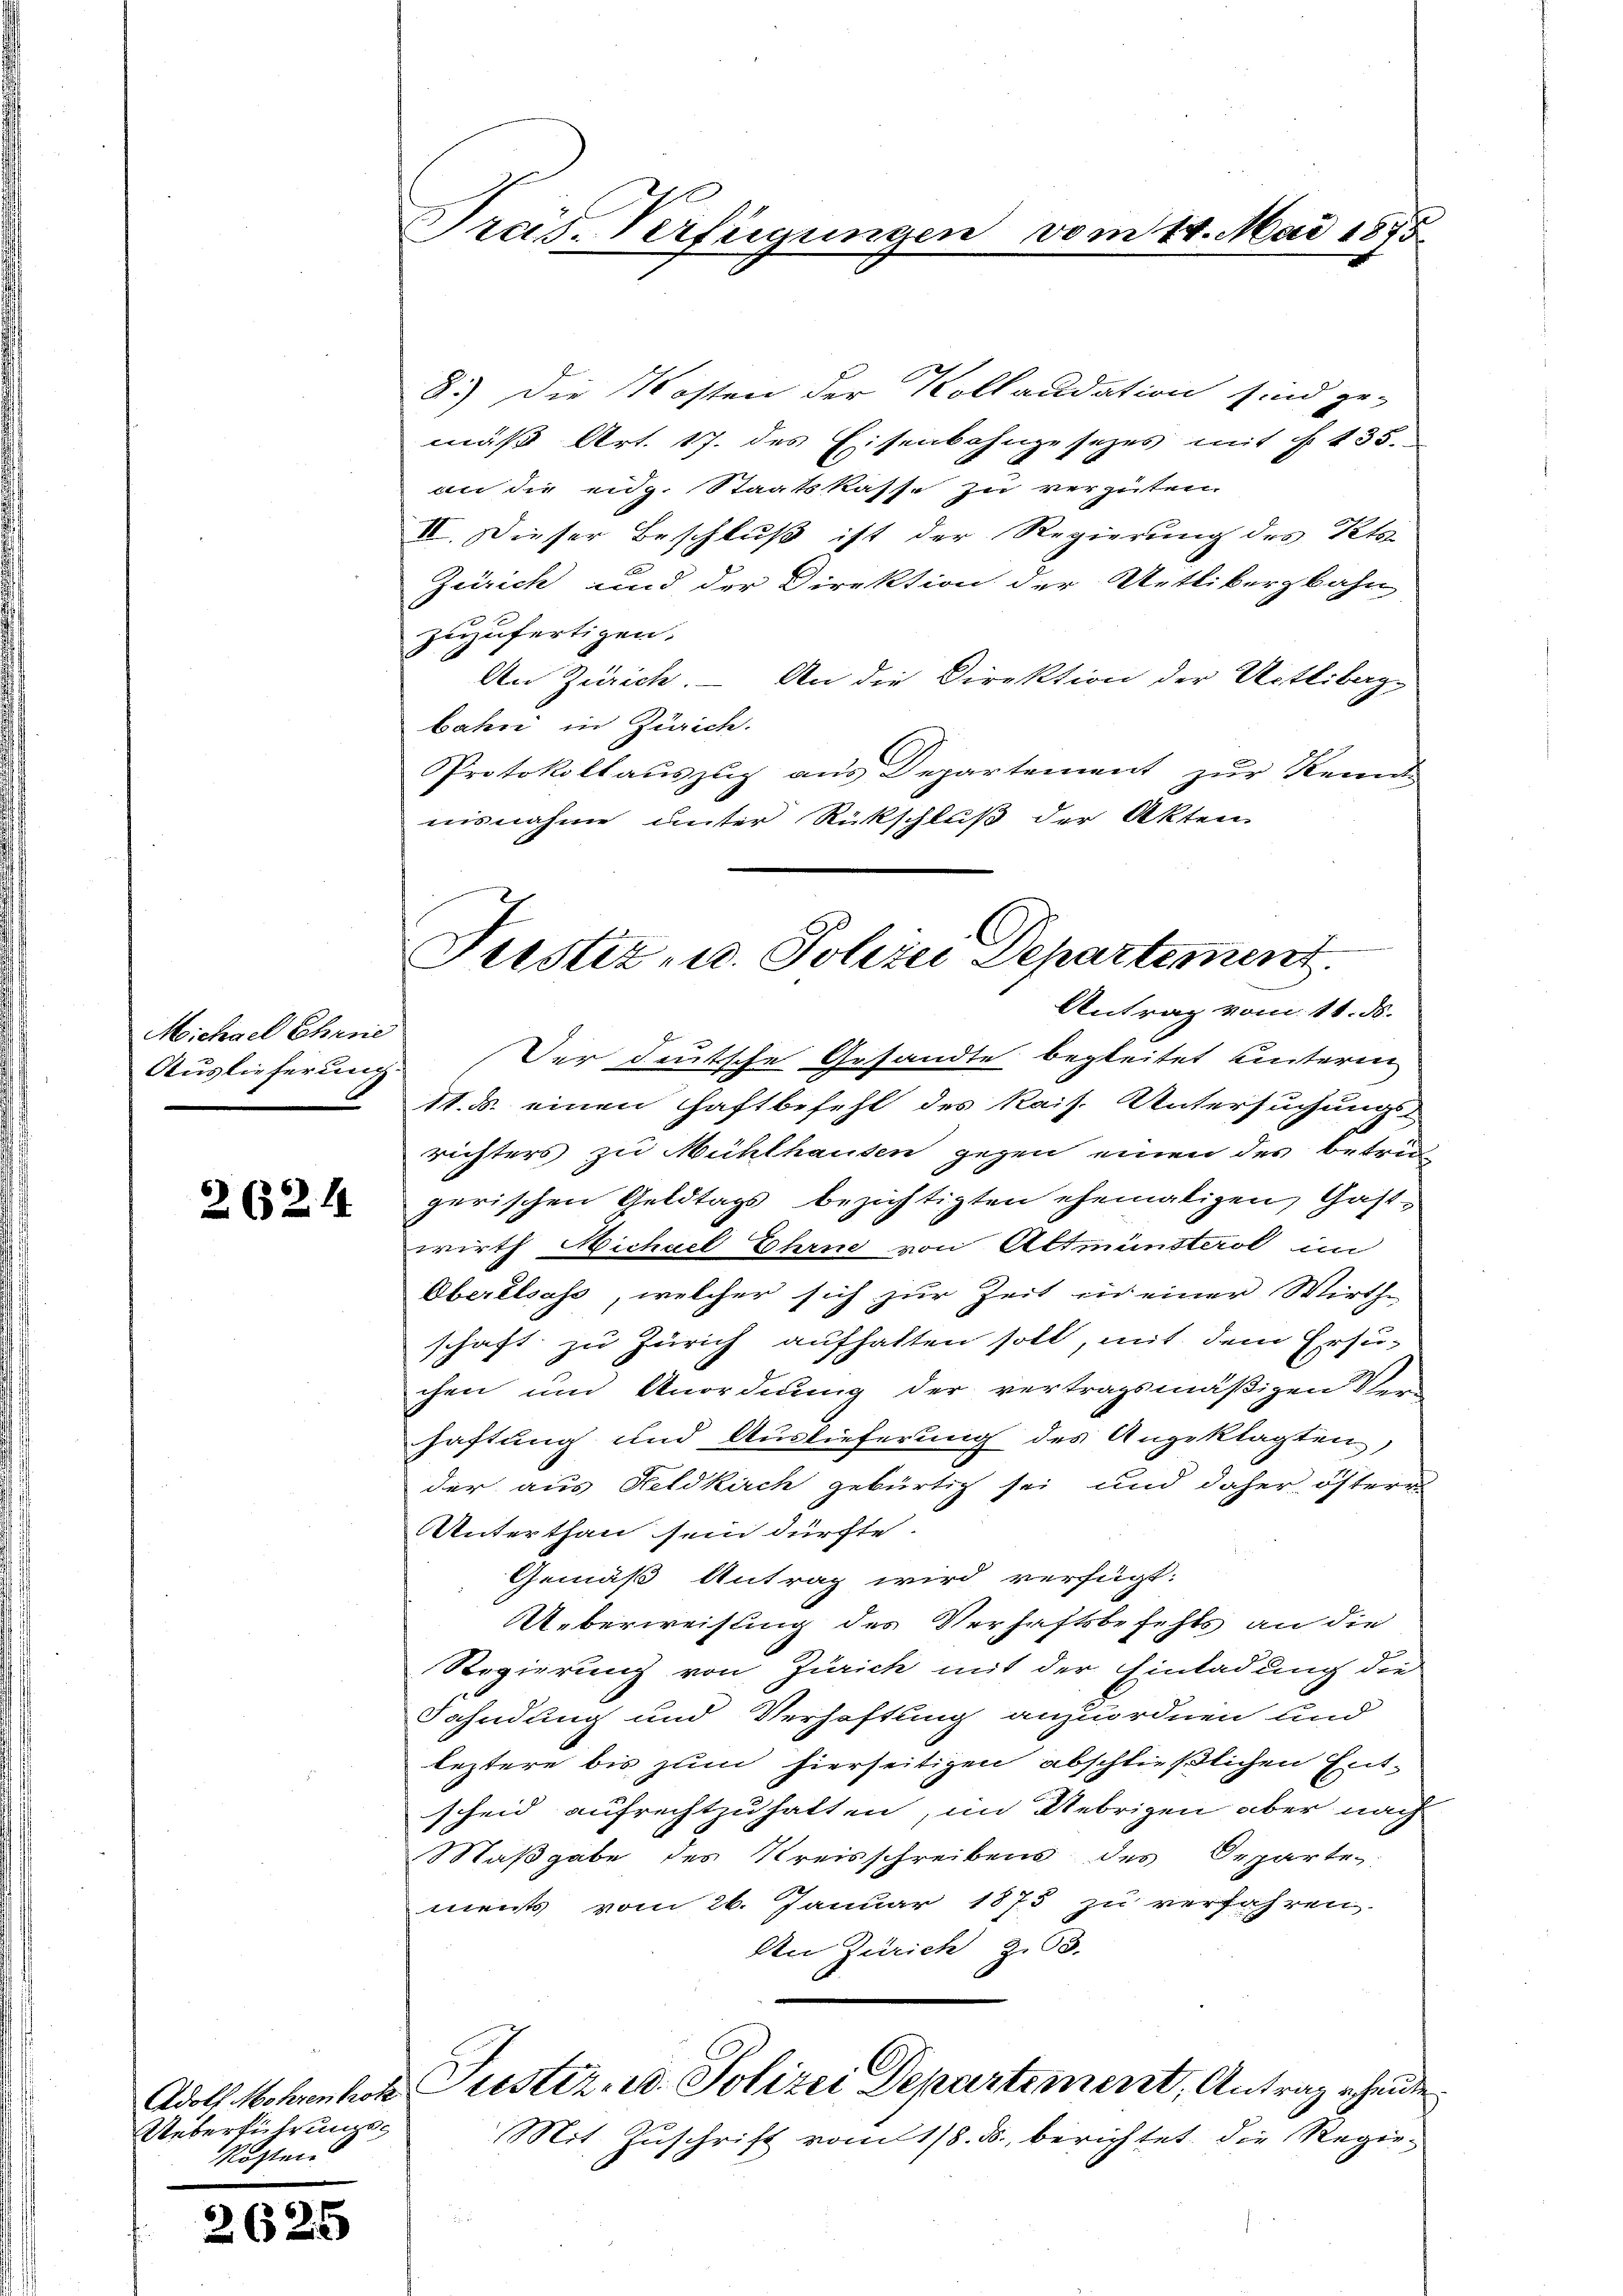
Michael Chrne
Auslieferung

262. 14

Adolf Mohrenholz
Ueberführungs¬
Rösten

2625

Frais. Verfügungen vom 14. Mai 1875.

Justiz- u. Polizei Departement.

8.) Die Kosten der Kollaudation sind ge-
mäß Art. 17. des Eisenbahngesezes mit §. 135.
an die eidg. Staatskasse zu vergüten.
II. Dieser Beschluß ist der Regierung des Kts.
Zürich und der Direktion der Uetlibergbahn
zuzufertigen.
An Zürich. – An die Direktion der Uetlibag-
bahr in Zürich.
Protokollauszug aus Departement zur Kennt
nisnahme unter Rückschluß der Akten
Antrag vom 11. ds.
Der deutsche Gesandte begleitet unterm
11. d. einen Haftbefehl des kais. Untersuchung
richters zu Mühlhausen gegen einen des betrü
gerischen Geldtags bezichtigten ehemaligen, Gastwirth Michael Ehrne von Altmünsterol un
Oberalsass, welcher sich zur Zeit in einer Wirth-
schaft zu Zürich aufhalten soll, mit dem Ersu-
chen und Anordnung der vertragsmäßigen Ver-
haftung und Auslieferung des Angeklagten
der aus Heldkirch gebürtig sei und daher österr
Unterthan sein dürfte.
Gemäß Antrag wird verfügt:
Ueberweisung des Verhaftsbefehls an die
Regierung von Zürich mit der Einladung die
Fahndung und Verhaftung anzuordnen und
leztere bis zum hierseitigen abschließlichen Entscheid aufrechtzuhalten, im Uebrigen aber nach
Maßgabe des Kreisschreibens des Departe
ments vom 26. Januar 1875 zu verfahren.
An Zürich z.63.
Justiz- u. Polizei Departement, Antrag ehende
Mit Zuschrift vom 18. ds., berichtet die Regie¬